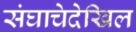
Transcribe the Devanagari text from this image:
संघाचेदेखिल